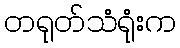
တရုတ်သံရုံးက